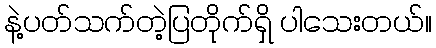
နဲ့ပတ်သက်တဲ့ပြတိုက်ရှိ ပါသေးတယ်။